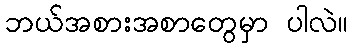
ဘယ်အစားအစာတွေမှာ ပါလဲ။